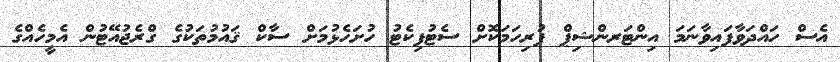
އެސް ހައްދަވާފައިވާނަމަ އިންޓަރންޝިޕް ފުރިހަމަކޮށް ސެޓުފިކެޓު ހުށަހެޅުމަށް ސާކް ޤައުމުތަކުގެ ގްރެޖުއޭޓުން އެމީހެއްގެ